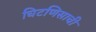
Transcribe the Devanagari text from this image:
चिटणिसाची